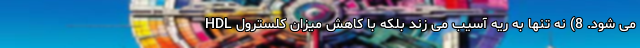
HDL می شود. 8) نه تنها به ریه آسیب می زند بلکه با کاهش میزان کلسترول